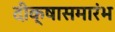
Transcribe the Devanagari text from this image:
दीक्षासमारंभ